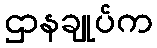
ဌာနချုပ်က